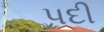
પદી